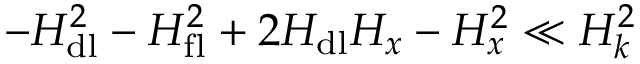
- H _ { \mathrm { d l } } ^ { 2 } - H _ { \mathrm { f l } } ^ { 2 } + 2 H _ { \mathrm { d l } } H _ { x } - H _ { x } ^ { 2 } \ll H _ { k } ^ { 2 }